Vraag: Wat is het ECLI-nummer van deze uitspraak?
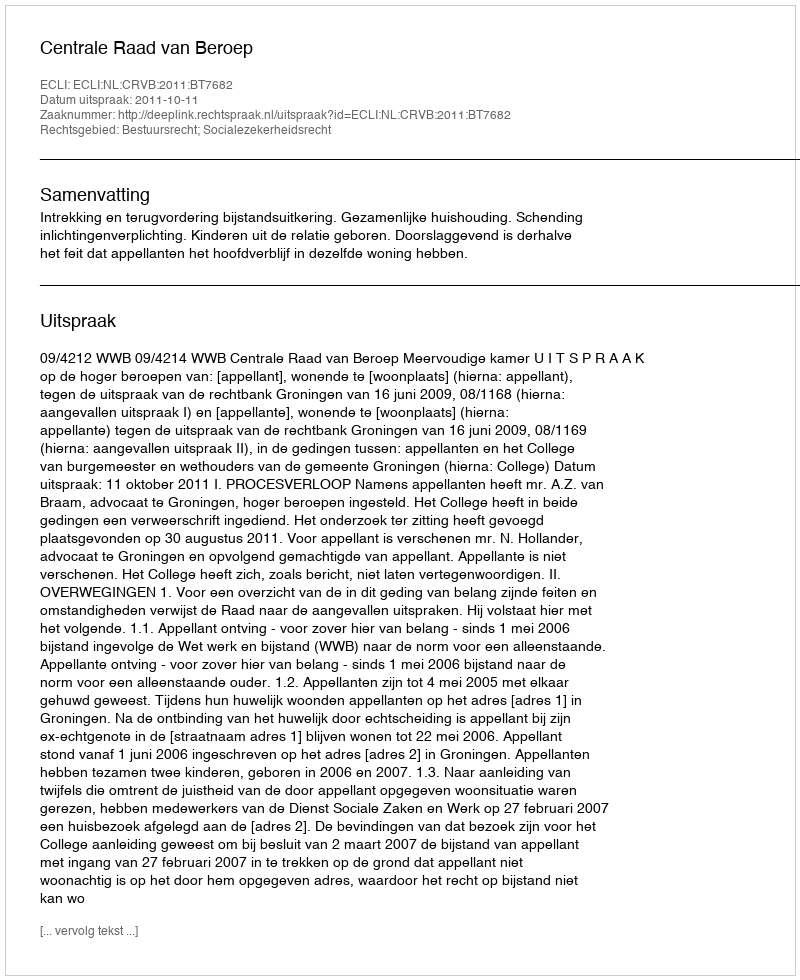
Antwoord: ECLI:NL:CRVB:2011:BT7682